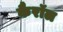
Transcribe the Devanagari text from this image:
कैरॉल